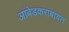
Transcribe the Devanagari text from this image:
आंबेडकरांबाबत